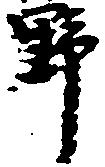
野